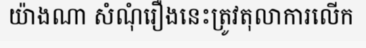
យ៉ាងណា សំណុំរឿងនេះត្រូវតុលាការលើក